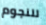
للنجوم